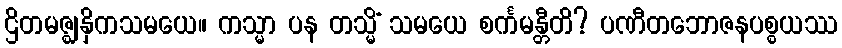
ဌိတမဇ္ဈနှိကသမယေ။ ကသ္မာ ပန တသ္မိံ သမယေ စင်္ကမန္တီတိ? ပဏီတဘောဇနပစ္စယဿ